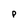
Character: P